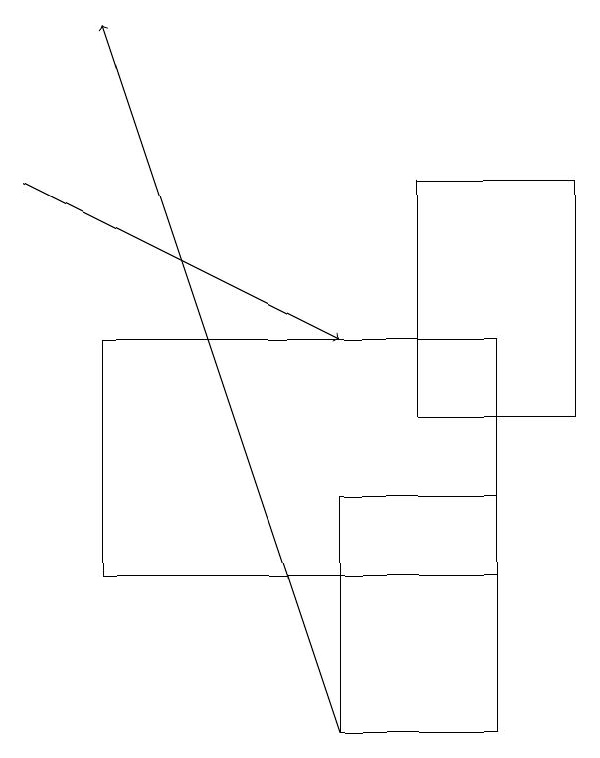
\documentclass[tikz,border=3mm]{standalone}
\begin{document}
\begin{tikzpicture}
\draw (6,12) rectangle (1,15);
\draw (6,13) rectangle (4,10);
\draw (5,17) rectangle (7,14);
\draw[->] (0,17) -- (4,15);
\draw[->] (4,10) -- (1,19);
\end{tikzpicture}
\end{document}